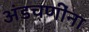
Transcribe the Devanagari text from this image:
अंडचणींना